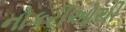
નોકરીઓથી